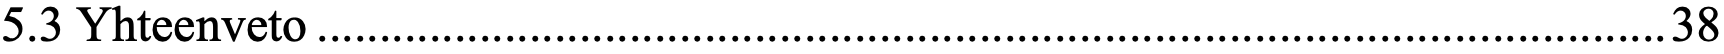
5.3 Yhteenveto............................................................................................................38